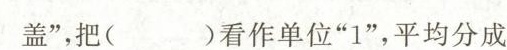
盖”，把( )看作单位”1”，平均分成